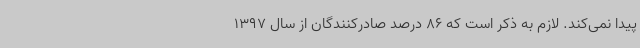
پیدا نمی‌کند. لازم به ذکر است که 86 درصد صادرکنندگان از سال 1397